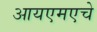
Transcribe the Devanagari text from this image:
आयएमएचे